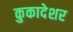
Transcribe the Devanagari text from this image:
कुकादेशर